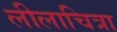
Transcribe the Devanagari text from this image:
लीलाचित्रा